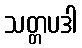
သတ္တပဒါ